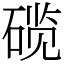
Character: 𬒗